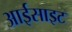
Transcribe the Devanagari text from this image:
आईसाइट